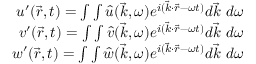
\begin{array} { r } { u ^ { \prime } ( \vec { r } , t ) = \int \int \hat { u } ( \vec { k } , \omega ) e ^ { i ( \vec { k } \cdot \vec { r } - \omega t ) } d \vec { k } ~ d \omega } \\ { v ^ { \prime } ( \vec { r } , t ) = \int \int \hat { v } ( \vec { k } , \omega ) e ^ { i ( \vec { k } \cdot \vec { r } - \omega t ) } d \vec { k } ~ d \omega } \\ { w ^ { \prime } ( \vec { r } , t ) = \int \int \hat { w } ( \vec { k } , \omega ) e ^ { i ( \vec { k } \cdot \vec { r } - \omega t ) } d \vec { k } ~ d \omega } \end{array}